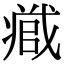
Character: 𭟹